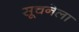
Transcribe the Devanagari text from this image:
सूचनेला